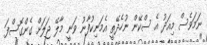
ނަމަވެސް މިއަދު އެ ސްކޭން ނުހެދޭތީ އެމަނިކުފާނު ވަނީ މާލޭ ޖަލަށް ގެންގޮސްފަ